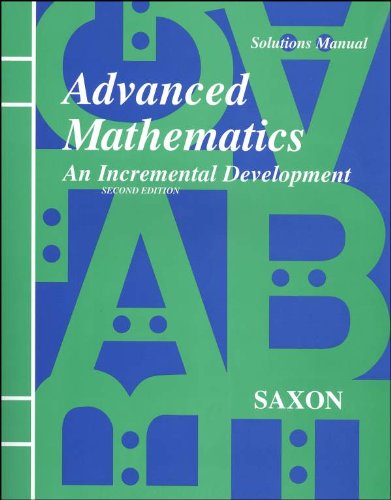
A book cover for Advanced Mathematics: An Incremental Development [Solutions Manual]; John H. Saxon; Teen & Young Adult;